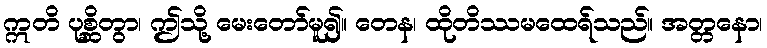
ဣတိ ပုစ္ဆိတွာ၊ ဤသို့ မေးတော်မူ၍။ တေန၊ ထိုတိဿမထေရ်သည်။ အတ္တနော၊